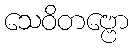
သေဝိတဗ္ဗော